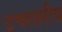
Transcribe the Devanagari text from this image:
उचस्तरीय